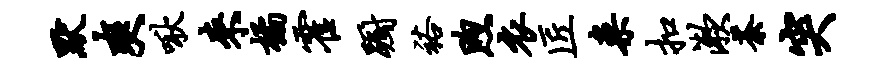
默爽啾来橘霍蹰裕煦衣匠案扣漱荼突